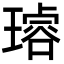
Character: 𤩅